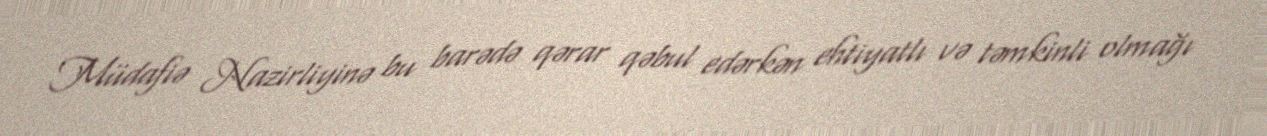
Müdafiə Nazirliyinə bu barədə qərar qəbul edərkən ehtiyatlı və təmkinli olmağı